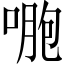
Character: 𠷤